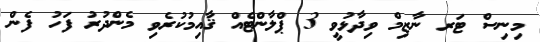
މިނިސް ޓަރ ނާޒިމް ވިދާޅުވީ 3 ޕްލާންޓެއް ޤާއިމުކުރެވި މެންދުރު ފަހު ފެން